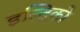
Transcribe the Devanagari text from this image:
इल्दिको